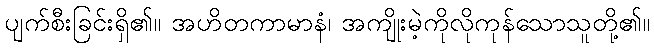
ပျက်စီးခြင်းရှိ၏။ အဟိတကာမာနံ၊ အကျိုးမဲ့ကိုလိုကုန်သောသူတို့၏။